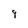
Character: 9